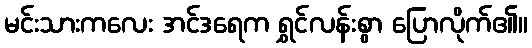
မင်းသားကလေး အင်ဒရေက ရွှင်လန်းစွာ ပြောလိုက်၏။